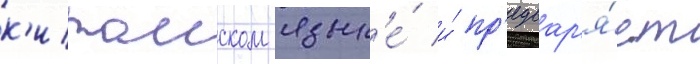
к'итаиском язык'е́ и́ пр'едвар'я́ет